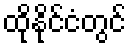
ထိုနိုင်ငံတွင်